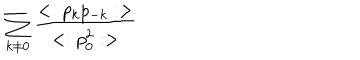
\sum _ { k \neq 0 } { \frac { < : p _ { k } p _ { - k } : > } { < : p _ { 0 } ^ { 2 } : > } }